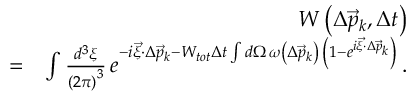
\begin{array} { r l r } & { } & { W \left( \Delta \vec { p } _ { k } , \Delta t \right) } \\ & { = } & { \int \frac { d ^ { 3 } \xi } { \left( 2 \pi \right) ^ { 3 } } \, e ^ { - i \vec { \xi } \cdot \Delta \vec { p } _ { k } - W _ { t o t } \Delta t \int d \Omega \, \omega \left( \Delta \vec { p } _ { k } \right) \, \left( 1 - e ^ { i \vec { \xi } \cdot \Delta \vec { p } _ { k } } \right) } \, . } \end{array}